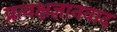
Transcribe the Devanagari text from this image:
प्रत्यक्षज्ञानवाद